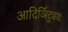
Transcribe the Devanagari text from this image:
आदिर्ञिटुडवः